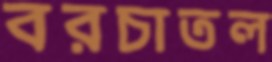
বরচাতল